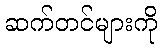
ဆက်တင်များကို